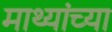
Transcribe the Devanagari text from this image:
माथ्यांच्या